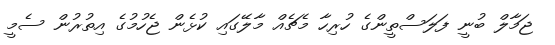
ޖަމާލް ބުނީ ފަލަސްތީންގެ ހުރިހާ މެޗެއް މާލޭގައި ކުޅެން ޖެހުމުގެ އިތުރުން ސެމީ